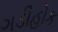
ગડીહોક